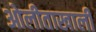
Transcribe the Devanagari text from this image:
ओलीताखाली